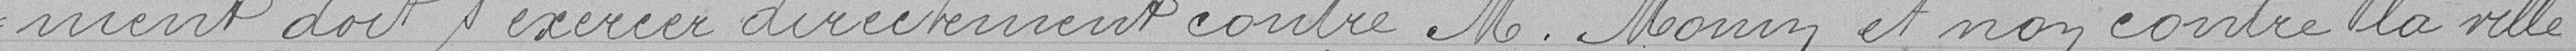
ment doit s'exercer directement contre M. Monin et non contre la ville.